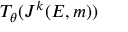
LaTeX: T _ { \theta } ( J ^ { k } ( E , m ) )